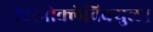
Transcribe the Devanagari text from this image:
स्टरनोक्लेविक्युलर